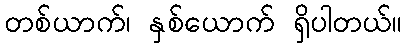
တစ်ယာက်၊ နှစ်ယောက် ရှိပါတယ်။